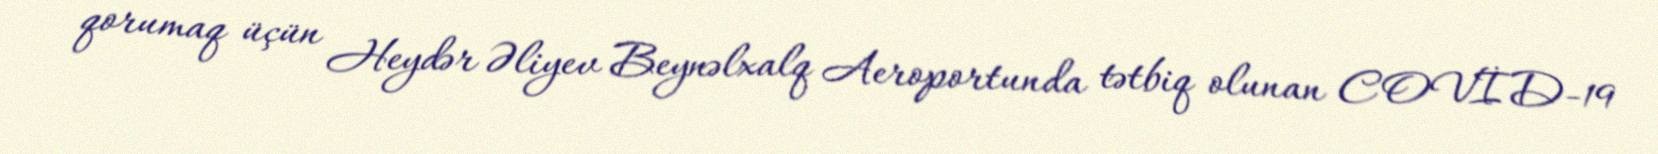
qorumaq üçün Heydər Əliyev Beynəlxalq Aeroportunda tətbiq olunan COVİD-19